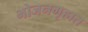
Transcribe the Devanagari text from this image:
भोजनगृहात